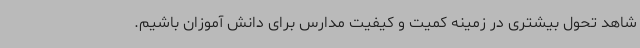
شاهد تحول بیشتری در زمینه کمیت و کیفیت مدارس برای دانش آموزان باشیم.